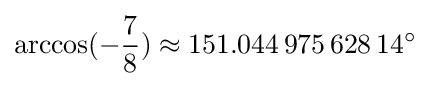
\arccos(-{\frac {7}{8}})\approx 151.044\,975\,628\,14^{\circ }